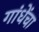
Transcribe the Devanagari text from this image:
गांधेंचा